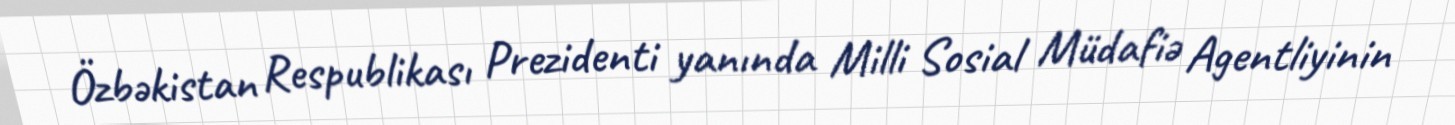
Özbəkistan Respublikası Prezidenti yanında Milli Sosial Müdafiə Agentliyinin